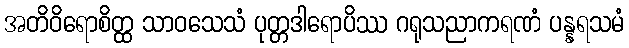
အတိဝိရောစိတ္ထ သာဝသေသံ ပုတ္တဒါရောပိဿ ဂရုသညာကရဏံ ပန္နရသမံ